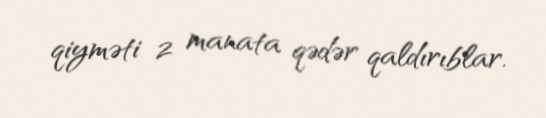
qiyməti 2 manata qədər qaldırıblar.